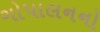
ગોપાલનનો